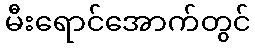
မီးရောင်အောက်တွင်